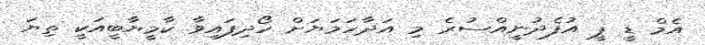
އެމް ޑީ ޕީ އުފެދުނީއްސުރެ މި އަދާހަމަޔަށް ހޯދިފައިވާ ކާމީޔާބީއަކީ ތިޔަ